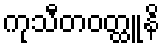
ကုသီတဝတ္ထူနိ